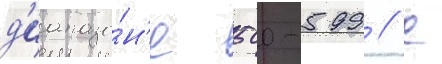
д'иапазо́н'е 500-599 // С